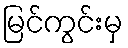
မြင်ကွင်းမှ